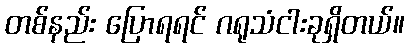
တစ်နည်း ပြောရရင် ဂရုသံငါးခုရှိတယ်။